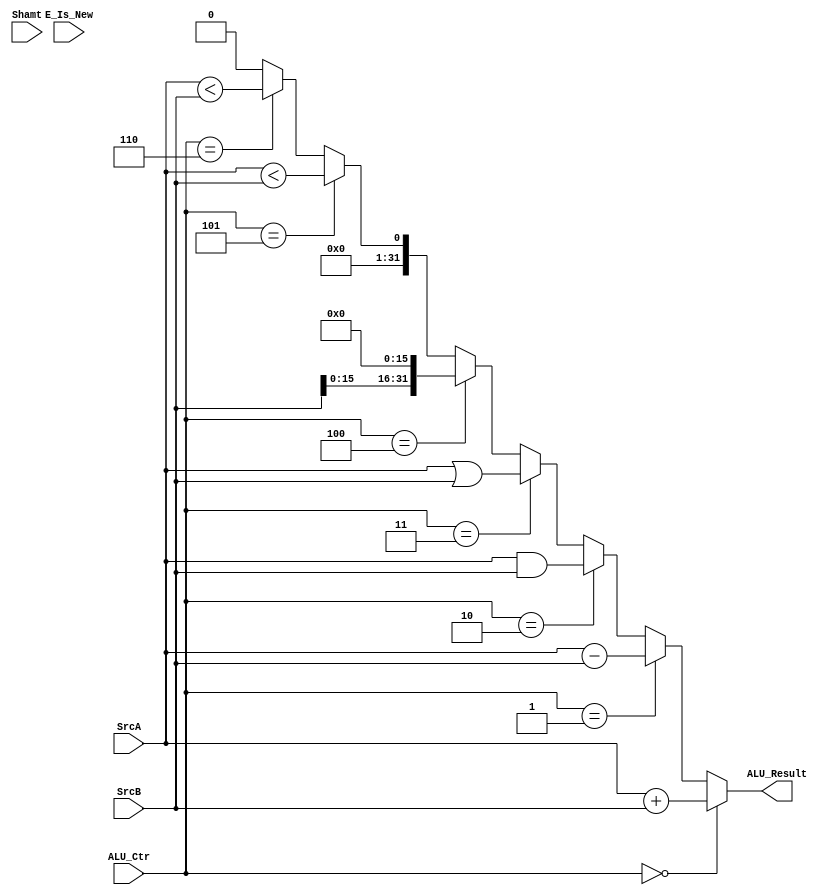
`timescale 1ns / 1ps
//////////////////////////////////////////////////////////////////////////////////
// Company: 
// Engineer: 
// 
// Design Name: 
// Module Name:    E_ALU 
// Project Name: 
// Target Devices: 
// Tool versions: 
// Description: 
//
// Dependencies: 
//
// Revision: 
// Revision 0.01 - File Created
// Additional Comments: 
//
//////////////////////////////////////////////////////////////////////////////////
`define Alu_add 4'b0000 
`define Alu_sub 4'b0001
`define Alu_and 4'b0010
`define Alu_or  4'b0011
`define Alu_lui 4'b0100
`define Alu_slt 4'b0101
`define Alu_sltu 4'b0110
module E_ALU(
    input [31:0] SrcA,
    input [31:0] SrcB,
    input [4:0] Shamt,
	input [3:0] ALU_Ctr,
	input E_Is_New,
	
    output [31:0] ALU_Result
    );
	/*integer i;
	reg [31:0] temp;
	always @(*)begin
		temp=32'd0;
		for(i=0;i<32;i=i+1)begin
			if(SrcA[i]==1)begin
				temp=temp+32'd1;
			end
		end
	end
	*/
    wire [31:0] f_add = SrcA + SrcB;
    wire [31:0] f_sub = SrcA - SrcB;
	wire [31:0] f_and = SrcA & SrcB;
    wire [31:0] f_or  = SrcA | SrcB;
    wire [31:0] f_lui = SrcB << 16;
	wire [31:0] f_slt = $signed(SrcA) < $signed(SrcB);
	wire [31:0] f_sltu = (SrcA < SrcB) ;
	
    assign ALU_Result = (ALU_Ctr == `Alu_add) ? (f_add):
                        (ALU_Ctr == `Alu_sub) ? (f_sub):
						(ALU_Ctr == `Alu_and) ? (f_and):
                        (ALU_Ctr == `Alu_or ) ? (f_or ):
                        (ALU_Ctr == `Alu_lui) ? (f_lui):
						(ALU_Ctr == `Alu_slt) ? (f_slt):
						(ALU_Ctr == `Alu_sltu) ? (f_sltu):32'd0;

endmodule